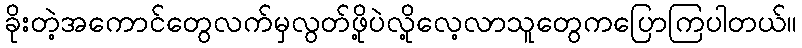
ခိုးတဲ့အကောင်တွေလက်မှလွတ်ဖို့ပဲလို့လေ့လာသူတွေကပြောကြပါတယ်။